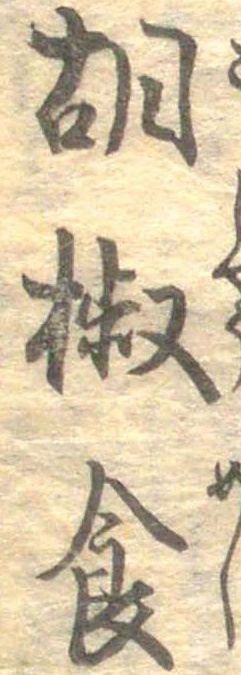
胡椒食